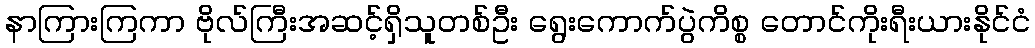
နာကြားကြကာ ဗိုလ်ကြီးအဆင့်ရှိသူတစ်ဦး ရွေးကောက်ပွဲကိစ္စ တောင်ကိုးရီးယားနိုင်ငံ